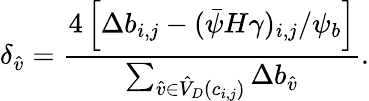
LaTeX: \delta_{\hat{v}}=\frac{4\left[\Delta b_{i,j}-(\bar{\psi}H\gamma)_{i,j}/\psi_{b}\right]}{\sum_{\hat{v}\in\hat{V}_{D}(c_{i,j})}\Delta b_{\hat{v}}}.